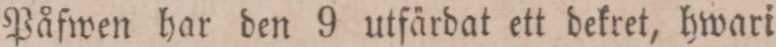
Påfwen har den 9 utfärdat ett dekret, hwari